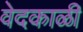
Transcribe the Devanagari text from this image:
वेदकाळी